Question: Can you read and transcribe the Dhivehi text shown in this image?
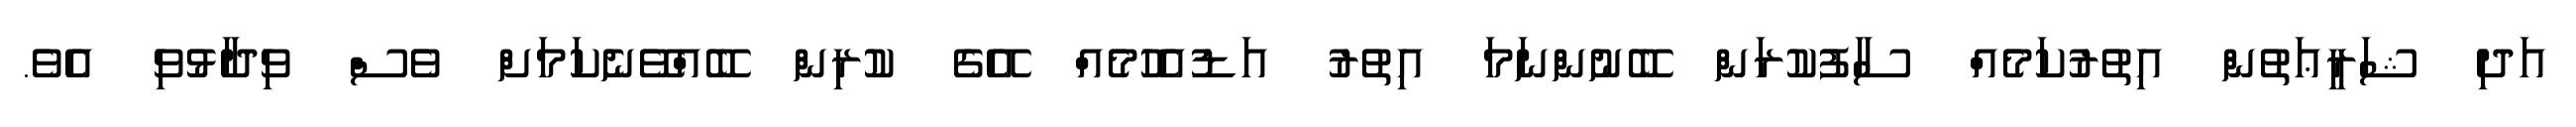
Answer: އަދި ޝަރީޢަތުން އިތުރުކަމެއް ސާފުކުރަން ބޭނުންނަމަ އިތުރު އަޑުއެހުމެއް އޭގެ ކުރިން ބޭއްވޭނެކަމަށް ވެސް ވިދާޅުވި އެވެ.